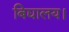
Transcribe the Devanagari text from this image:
बिद्यालय।